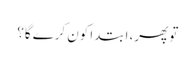
تو پھر، ابتدا کون کرے گا؟